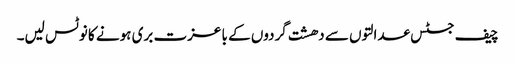
چیف جسٹس عدالتوں سے دھشت گردوں کے با عزت بری ہونے کا نوٹس لیں۔